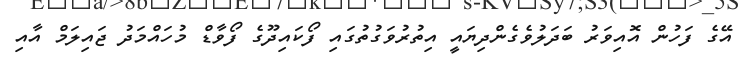
އޭގެ ފަހުން އޮއިވަރު ބަދަލުވެގެންދިޔައީ އިތުރުވަގުތުގައި ފޯކައިދޫގެ ފޯވާޑް މުހައްމަދު ޖައިލަމް އާއި